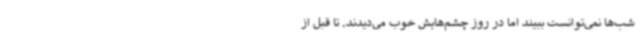
شب‌ها نمی‌توانست ببیند اما در روز چشم‌هایش خوب می‌دیدند. تا قبل از